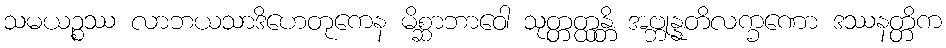
သမယဉ္စဿ လာဘယသာဒိဟေတုကေန မိစ္ဆာဘာဝေါ သုတ္တတ္ထန္တိ အဗ္ဘုန္နတိလက္ခဏော ဒဿနတ္တိက